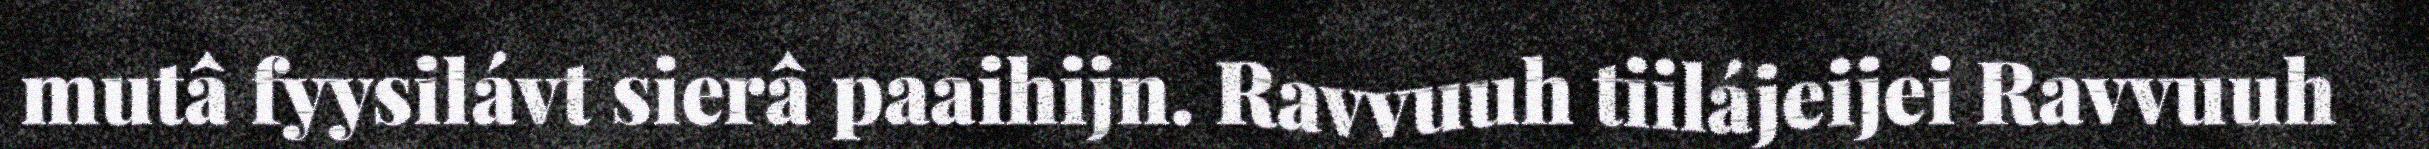
mutâ fyysilávt sierâ paaihijn. Ravvuuh tiilájeijei Ravvuuh